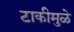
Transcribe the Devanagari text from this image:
टाकीमुळे